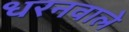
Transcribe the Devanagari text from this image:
धरनवाले